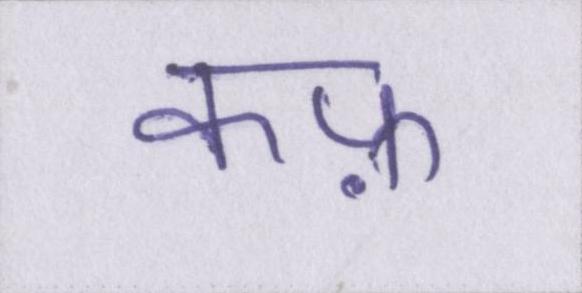
कफ़